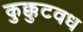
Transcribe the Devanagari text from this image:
कुक्कुटवध